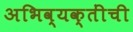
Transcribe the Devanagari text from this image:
अभिव्यक्तींची